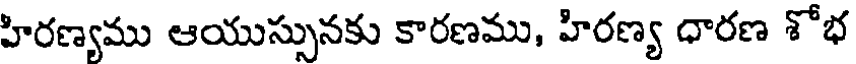
హిరణ్యము ఆయుస్సునకు కారణము, హిరణ్య ధారణ శోభ